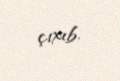
çıxıb.